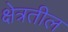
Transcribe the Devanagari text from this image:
क्षेत्रतील